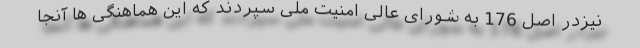
نیزدر اصل 176 به شورای عالی امنیت ملی سپردند که این هماهنگی ها آنجا